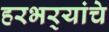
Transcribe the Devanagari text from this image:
हरभर्‍यांचे